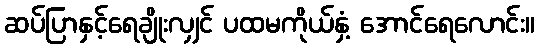
ဆပ်ပြာနှင့်ရေချိုးလျှင် ပထမကိုယ်နှံ့ အောင်ရေလောင်း။